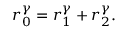
\begin{array} { r } { r _ { 0 } ^ { \gamma } = r _ { 1 } ^ { \gamma } + r _ { 2 } ^ { \gamma } . } \end{array}